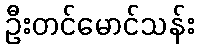
ဦးတင်မောင်သန်း